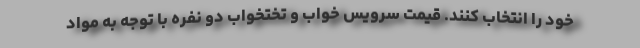
خود را انتخاب کنند. قیمت سرویس خواب و تختخواب دو نفره با توجه به مواد